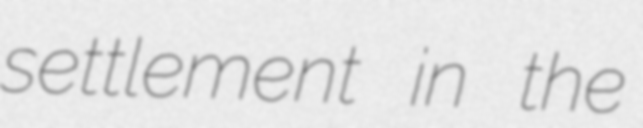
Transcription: settlement in the